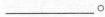
___。